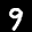
Label: 9